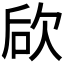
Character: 𣢨